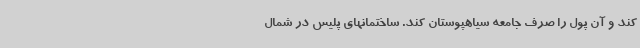
کند و آن پول را صرف جامعه سیاهپوستان کند. ساختمانهای پلیس در شمال